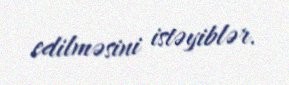
edilməsini istəyiblər.